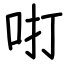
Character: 咑